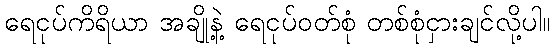
ရေငုပ်ကိရိယာ အချို့နဲ့ ရေငုပ်ဝတ်စုံ တစ်စုံငှားချင်လို့ပါ။